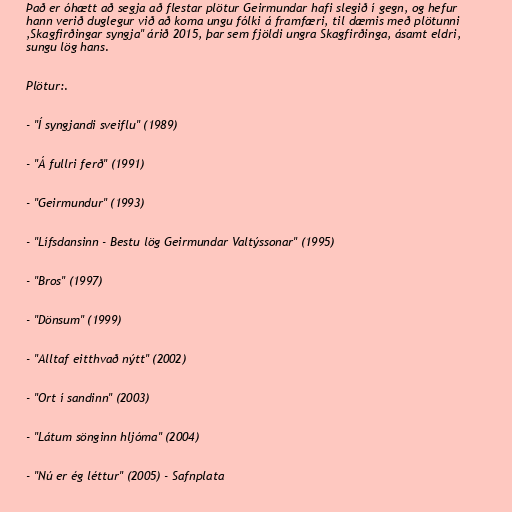
Það er óhætt að segja að flestar plötur Geirmundar hafi slegið í gegn, og hefur
hann verið duglegur við að koma ungu fólki á framfæri, til dæmis með plötunni
,Skagfirðingar syngja" árið 2015, þar sem fjöldi ungra Skagfirðinga, ásamt eldri,
sungu lög hans.

Plötur:.

- "Í syngjandi sveiflu" (1989)

- "Á fullri ferð" (1991)

- "Geirmundur" (1993)

- "Lífsdansinn - Bestu lög Geirmundar Valtýssonar" (1995)

- "Bros" (1997)

- "Dönsum" (1999)

- "Alltaf eitthvað nýtt" (2002)

- "Ort í sandinn" (2003)

- "Látum sönginn hljóma" (2004)

- "Nú er ég léttur" (2005) - Safnplata